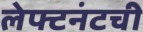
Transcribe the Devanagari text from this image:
लेफ्टनंटची